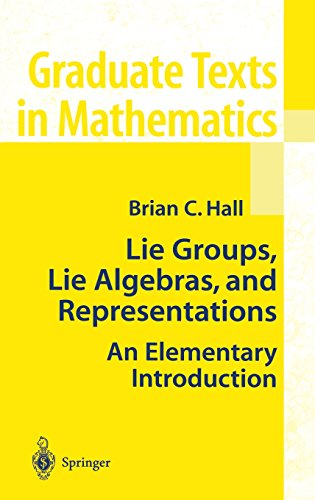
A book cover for Lie Groups, Lie Algebras, and Representations: An Elementary Introduction; Brian Hall; Science & Math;